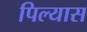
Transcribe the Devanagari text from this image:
पिल्यास